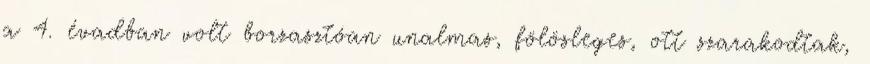
a 4. évadban volt borzasztóan unalmas, fölösleges, ott szarakodtak,